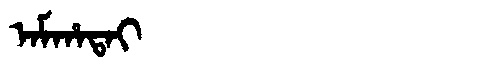
Manchu: ᠠᠮᡥᠠᡨᠠᡳ
Romanization: AMHATAI